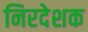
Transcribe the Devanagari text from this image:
निरदेशक